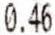
0.46